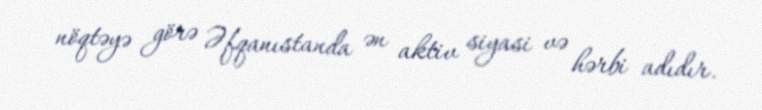
nöqtəyə görə Əfqanıstanda ən aktiv siyasi və hərbi adıdır.